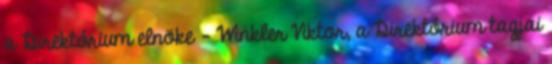
a Direktórium elnöke – Winkler Viktor, a Direktórium tagjai